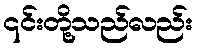
၎င်းတို့သည်လည်း